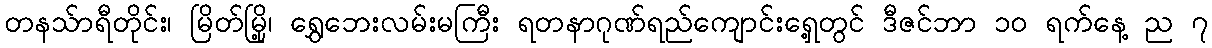
တနသ်ာရီတိုင်း၊ မြိတ်မြို့၊ ရွှေဘေးလမ်းမကြီး ရတနာဂုဏ်ရည်ကျောင်းရှေ့တွင် ဒီဇင်ဘာ ၁၀ ရက်နေ့ ည ၇